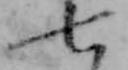
七